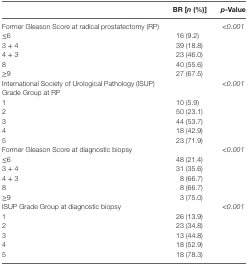
<table><thead><tr><td></td><td><b>BR [<i>n</i> (%)]</b></td><td><b><i>p</i>-Value</b></td></tr></thead><tbody><tr><td>Former Gleason Score at radical prostatectomy (RP)</td><td></td><td>&lt;<i>0.001</i></td></tr><tr><td>≤6</td><td>16 (9.2)</td><td></td></tr><tr><td>3 + 4</td><td>39 (18.8)</td><td></td></tr><tr><td>4 + 3</td><td>23 (46.0)</td><td></td></tr><tr><td>8</td><td>40 (55.6)</td><td></td></tr><tr><td>≥9</td><td>27 (67.5)</td><td></td></tr><tr><td>International Society of Urological Pathology (ISUP) Grade Group at RP</td><td></td><td>&lt;<i>0.001</i></td></tr><tr><td>1</td><td>10 (5.9)</td><td></td></tr><tr><td>2</td><td>50 (23.1)</td><td></td></tr><tr><td>3</td><td>44 (53.7)</td><td></td></tr><tr><td>4</td><td>18 (42.9)</td><td></td></tr><tr><td>5</td><td>23 (71.9)</td><td></td></tr><tr><td>Former Gleason Score at diagnostic biopsy</td><td></td><td>&lt;<i>0.001</i></td></tr><tr><td>≤6</td><td>48 (21.4)</td><td></td></tr><tr><td>3 + 4</td><td>31 (35.6)</td><td></td></tr><tr><td>4 + 3</td><td>8 (66.7)</td><td></td></tr><tr><td>8</td><td>8 (66.7)</td><td></td></tr><tr><td>≥9</td><td>3 (75.0)</td><td></td></tr><tr><td>ISUP Grade Group at diagnostic biopsy</td><td></td><td>&lt;<i>0.001</i></td></tr><tr><td>1</td><td>26 (13.9)</td><td></td></tr><tr><td>2</td><td>23 (34.8)</td><td></td></tr><tr><td>3</td><td>13 (44.8)</td><td></td></tr><tr><td>4</td><td>18 (52.9)</td><td></td></tr><tr><td>5</td><td>18 (78.3)</td><td></td></tr></tbody></table>